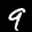
Label: 9